Vaccine operations Central Provinces & Berar 1912-1920 - 1912-1920
Year: 1912
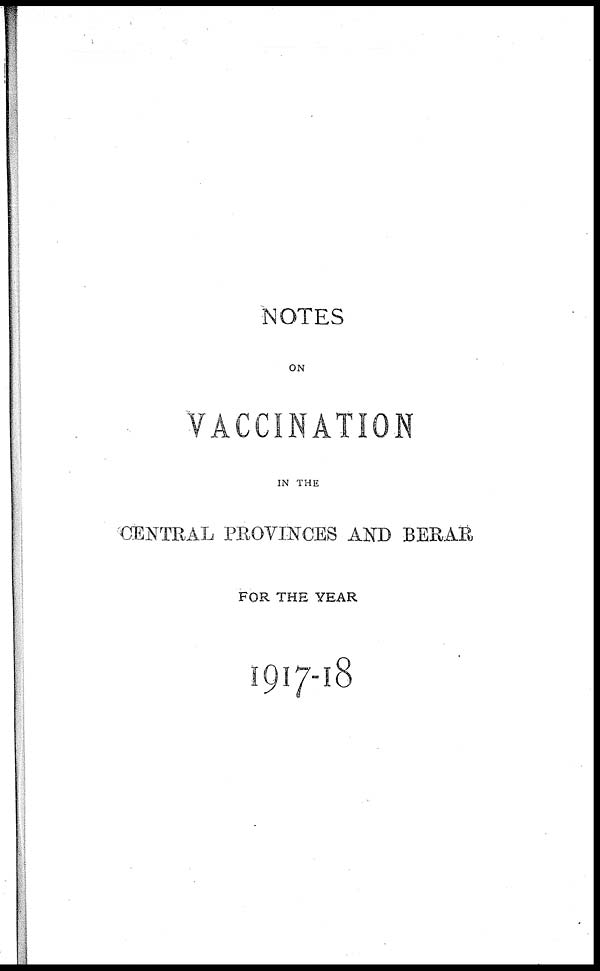
NOTES
ON
VACCINATION
IN THE
CENTRAL PROVINCES AND BERAR
FOR THE YEAR
1917-18